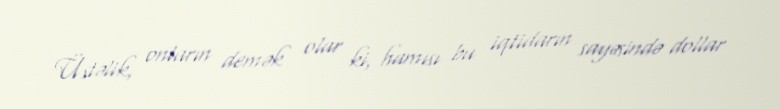
Üstəlik, onların demək olar ki, hamısı bu iqtidarın sayəsində dollar